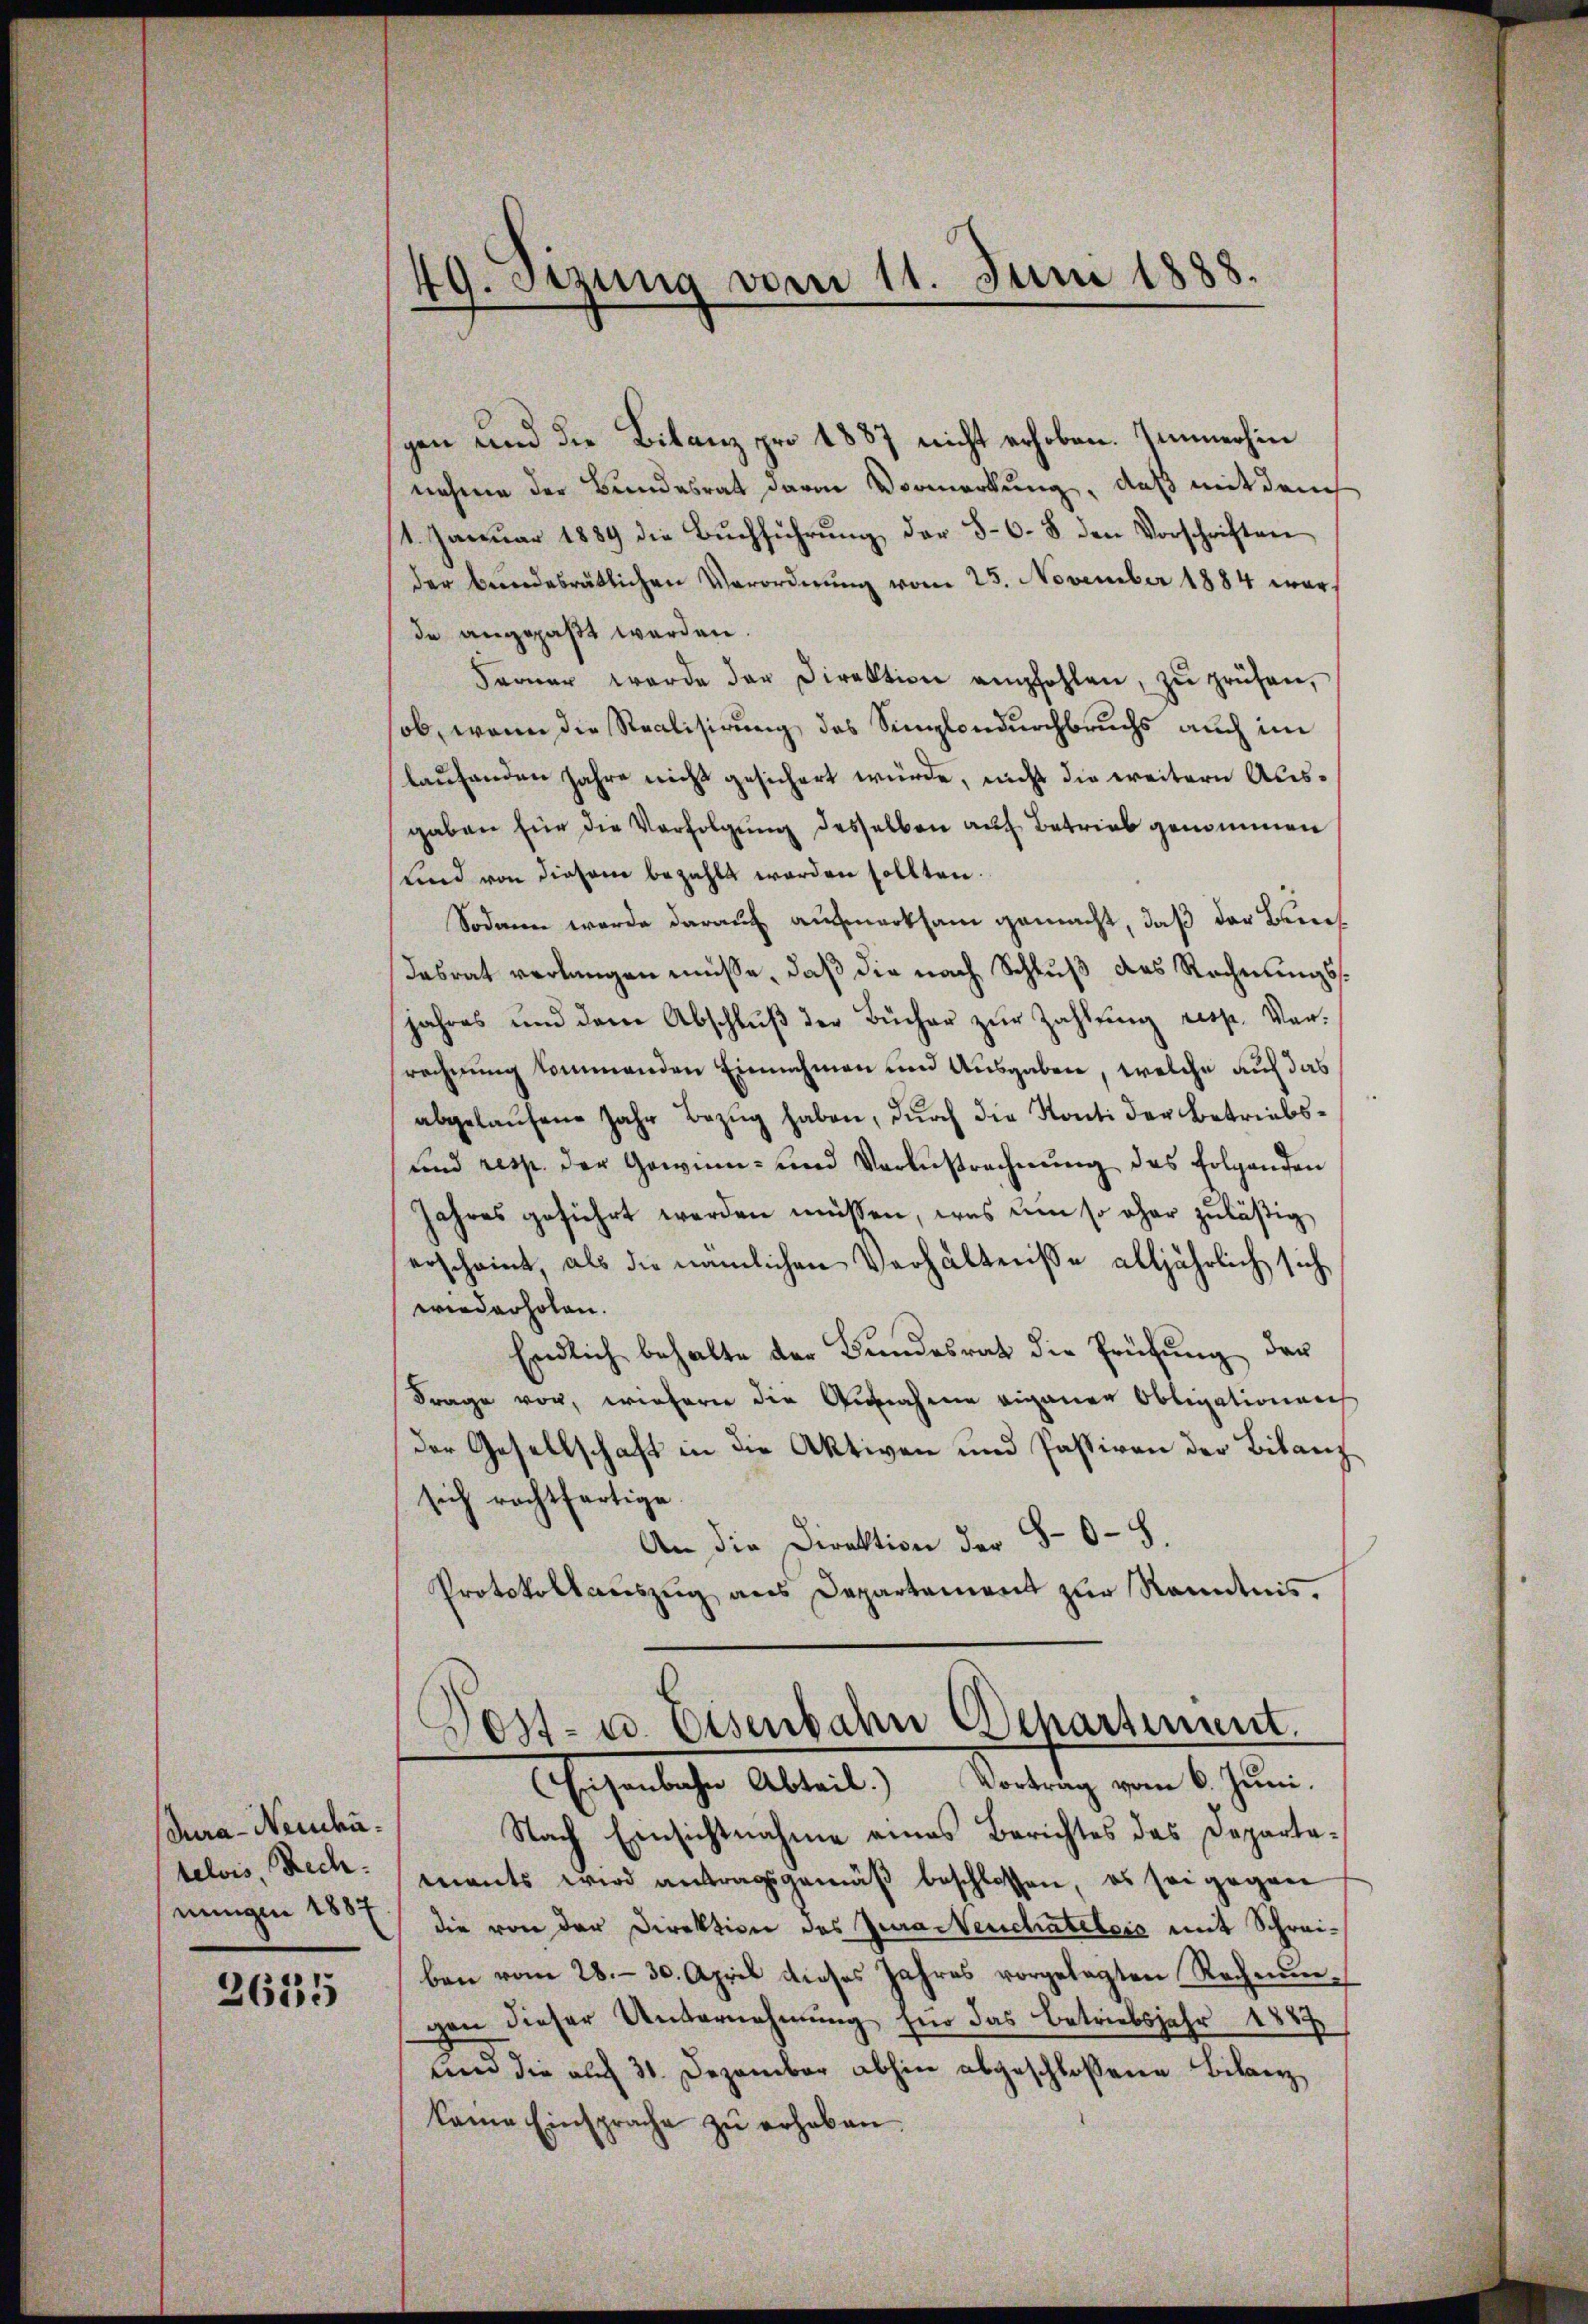
Jura - Neuchätelois Rech
nungen 1887

2635

49. Sitzung vom 11. Juni 1888.

gen und die Bilanz pro 1887 nicht erhoben. Immerhin
nahme der Bundesrat davon Vormerkung, daß mit dem
1. Januar 1889 die Buchführung der §. 6. 8 den Vorschriften
der bundesrätlichen Verordnŭng vom 25. November 1884 war
de angepaßt werden.
Ferner werde der Direktion empfohlen, zŭ prüfen,
ob, wenn die Realisirung des Simplondurchbruchs auch im
laufenden Jahre nicht gesichert würde, nicht die weitern Ausgaben für die Verfolgung desselben auf Betrieb genommen
Kind von diesem bezahlt werden sollten.
Sodann werde darauf aufmerksam gemacht, daß der Bun¬
Tasrat verlangen müsse, daß die nach Schluß des Rechnungsjahres und dem Abschlŭβ der Bücher zŭr Zahlung resp. Verrechnung kommenden Einnahmen und Ausgaben, welche auf das
abgelaŭfene Jahr Bezug haben, durch die Konti der Betriebs¬
und resp. der Gewinn- und Verlustrechnung des Folgenden
Jahres geführt werden müssen, was um so ohne zuläßig
erscheint, als die nämlichen Verhältnisse alljährlich sich
wiederholen.
Endlich behalte der Bundesrath die Prüfŭng der
Frage von, wiederer die Aufnahme eigener Obligationens
der Gesellschaft in die Aktiven und Passiven der Bilanz
sich rechtfertige
An die Direktion der 80 - 5.
Protokollauszug aus Departement zur Kenntnis.
Post- u. Eisenbahn Departement.
(Eisenbahn Abteil) Vortrag vom 6. Juni.
Nach Einsichtnahme eines Berichtes des Departamants wird antragsgemäβ beschlossen, es sei gegen
die von der Direktion des Jurastenchatelers mit Schreiben vom 28. 30. April dieses Jahres vorgelegten Rechnŭn-
gen dieser Unternehmung für das betriebsjahr 1887
und die auch 31. Dezember abhin abgeschlossene Bilanz
keine Einsprache zŭ erhaben.